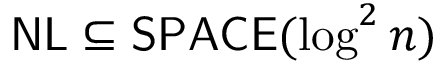
{ \mathsf { N L } } \subseteq { \mathsf { S P A C E } } ( \log ^ { 2 } n )